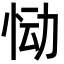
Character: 恸